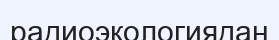
радиоэкологиядан